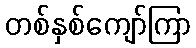
တစ်နှစ်ကျော်ကြာ